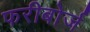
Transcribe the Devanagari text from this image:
फरीबोर्ज